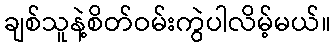
ချစ်သူနဲ့စိတ်ဝမ်းကွဲပါလိမ့်မယ်။